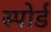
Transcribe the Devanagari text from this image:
स्पोर्ड